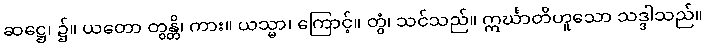
ဆဋ္ဌေ၊ ၌။ ယတော တွန္တိ၊ ကား။ ယသ္မာ၊ ကြောင့်။ တွံ၊ သင်သည်။ ဣင်္ဃာတိဟူသော သဒ္ဒါသည်။